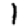
Digit: 1